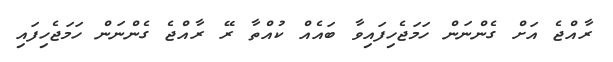
ރާއްޖެ އަށް ގެންނަން ހަމަޖެހިފައިވާ ބައެއް ކުއްތާ ރޭ ރާއްޖެ ގެންނަން ހަމަޖެހިފައި